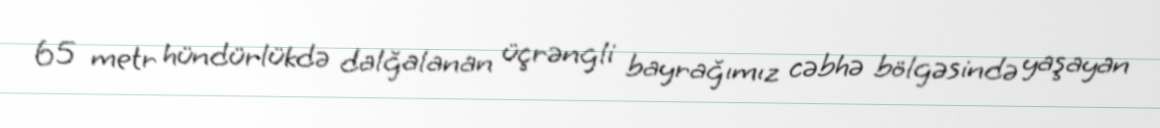
65 metr hündürlükdə dalğalanan üçrəngli bayrağımız cəbhə bölgəsində yaşayan